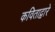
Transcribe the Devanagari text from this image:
कविताद्वारे